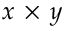
x \, \times \, y